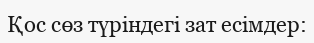
Қос сөз түріндегі зат есімдер: